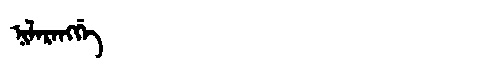
Manchu: ᠨᡳᠯᠠᡵᠠᠩᡤᡝ
Romanization: NILARANGGE